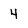
Character: 4